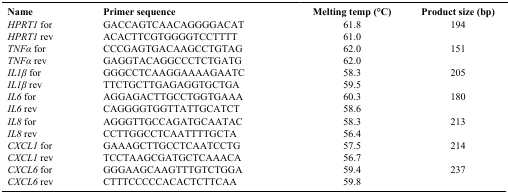
<table><thead><tr><td><b>Name</b></td><td><b>Primer sequence</b></td><td><b>Melting temp (°C)</b></td><td><b>Product size (bp)</b></td></tr></thead><tbody><tr><td><i>HPRT1</i> for</td><td>GACCAGTCAACAGGGGACAT</td><td>61.8</td><td>194</td></tr><tr><td><i>HPRT1</i> rev</td><td>ACACTTCGTGGGGTCCTTTT</td><td>61.0</td><td> </td></tr><tr><td><i>TNFα</i> for</td><td>CCCGAGTGACAAGCCTGTAG</td><td>62.0</td><td>151</td></tr><tr><td><i>TNFα</i> rev</td><td>GAGGTACAGGCCCTCTGATG</td><td>62.0</td><td> </td></tr><tr><td><i>IL1β</i> for</td><td>GGGCCTCAAGGAAAAGAATC</td><td>58.3</td><td>205</td></tr><tr><td><i>IL1β</i> rev</td><td>TTCTGCTTGAGAGGTGCTGA</td><td>59.5</td><td> </td></tr><tr><td><i>IL6</i> for</td><td>AGGAGACTTGCCTGGTGAAA</td><td>60.3</td><td>180</td></tr><tr><td><i>IL6</i> rev</td><td>CAGGGGTGGTTATTGCATCT</td><td>58.6</td><td> </td></tr><tr><td><i>IL8</i> for</td><td>AGGGTTGCCAGATGCAATAC</td><td>58.3</td><td>213</td></tr><tr><td><i>IL8</i> rev</td><td>CCTTGGCCTCAATTTTGCTA</td><td>56.4</td><td> </td></tr><tr><td><i>CXCL1</i> for</td><td>GAAAGCTTGCCTCAATCCTG</td><td>57.5</td><td>214</td></tr><tr><td><i>CXCL1</i> rev</td><td>TCCTAAGCGATGCTCAAACA</td><td>56.7</td><td> </td></tr><tr><td><i>CXCL6</i> for</td><td>GGGAAGCAAGTTTGTCTGGA</td><td>59.4</td><td>237</td></tr><tr><td><i>CXCL6</i> rev</td><td>CTTTCCCCCACACTCTTCAA</td><td>59.8</td><td> </td></tr></tbody></table>